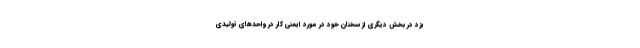
یزد در بخش دیگری از سخنان خود در مورد ایمنی کار در واحدهای تولیدی